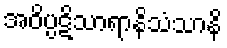
အဝိပ္ပဋိသာရာနိသံသာနိ